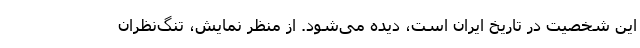
این شخصیت در تاریخ ایران است، دیده می‌شود. از منظر نمایش، تنگ‌نظران